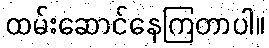
ထမ်းဆောင်နေကြတာပါ။